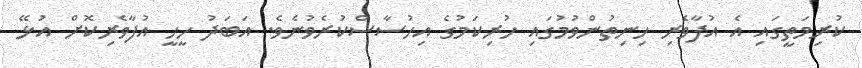
ކުރިމަތީގައި އެ އުފާވެރި ހިނިތުންވުމުގައި ހުރިކަމުގެ އިހުސާސްކުރެވުނެވެ. އަބަދު ހީހީ އުފާވެރިކޮށް އުޅޭ